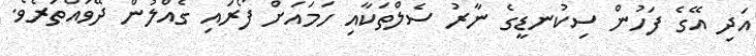
އަދި އޭގެ ފަހުން ސިކުނޑީގެ ނާރު ސެލްތަކާއި ހަމައަށް ފޯރައި ގެއްލުން ދޭވައްތަރެވެ.